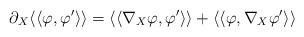
LaTeX: \begin{align*}\partial_X \langle\langle\varphi,\varphi'\rangle\rangle=\langle\langle\nabla_X\varphi,\varphi'\rangle\rangle+ \langle\langle\varphi,\nabla_X\varphi'\rangle\rangle\end{align*}